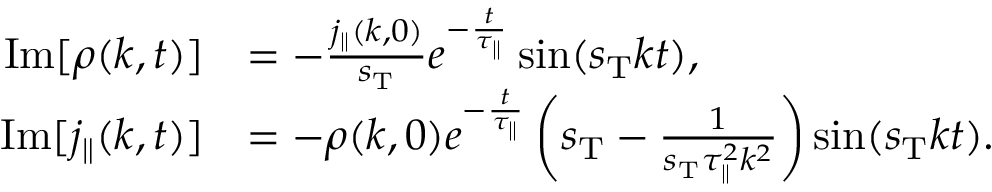
\begin{array} { r l } { \mathrm { I m } [ \rho ( k , t ) ] } & { = - \frac { j _ { \parallel } ( k , 0 ) } { s _ { \mathrm { T } } } e ^ { - \frac { t } { \tau _ { \parallel } } } \sin ( s _ { \mathrm { T } } k t ) , } \\ { \mathrm { I m } [ j _ { \parallel } ( k , t ) ] } & { = - \rho ( k , 0 ) e ^ { - \frac { t } { \tau _ { \parallel } } } \left( s _ { \mathrm { T } } - \frac { 1 } { s _ { \mathrm { T } } \tau _ { \parallel } ^ { 2 } k ^ { 2 } } \right) \sin ( s _ { \mathrm { T } } k t ) . } \end{array}